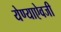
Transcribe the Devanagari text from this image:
येण्याऐवजी